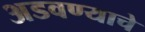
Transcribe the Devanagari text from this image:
अडवण्याचे